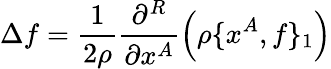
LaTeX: \Delta f=\frac{1}{2\rho}\frac{\partial^{R}}{\partial x^{A}}\left(\rho\{ x^{A},f\} _{1}\right)